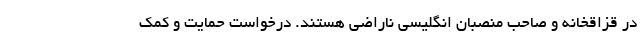
در قزاقخانه و صاحب منصبان انگلیسی ناراضی هستند. درخواست حمایت و کمک